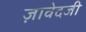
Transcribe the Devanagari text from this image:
ज़ावेदजी